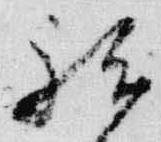
祗